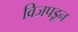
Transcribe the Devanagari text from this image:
विजपडून